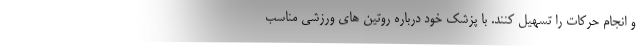
و انجام حرکات را تسهیل کنند. با پزشک خود درباره روتین های ورزشی مناسب